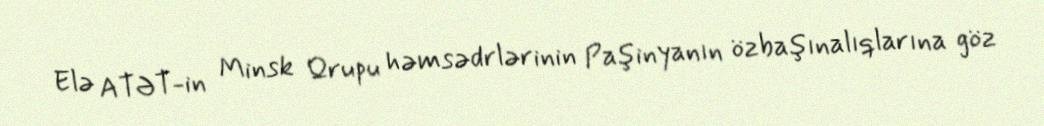
Elə ATƏT-in Minsk Qrupu həmsədrlərinin Paşinyanın özbaşınalıqlarına göz